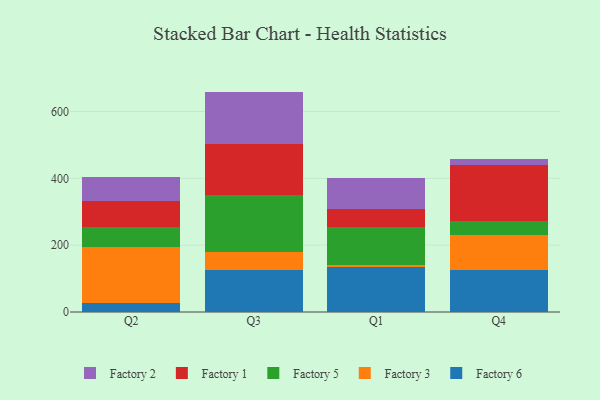
{"axis": {"x": "Quarter", "y": "Churn Rate (%)"}, "legend": ["Factory 1", "Factory 2", "Factory 3", "Factory 5", "Factory 6"], "data": [{"x": "Q2", "y": 26.1, "type": "Factory 6"}, {"x": "Q2", "y": 168.5, "type": "Factory 3"}, {"x": "Q2", "y": 58.9, "type": "Factory 5"}, {"x": "Q2", "y": 78.9, "type": "Factory 1"}, {"x": "Q2", "y": 71.8, "type": "Factory 2"}, {"x": "Q3", "y": 125.9, "type": "Factory 6"}, {"x": "Q3", "y": 53.3, "type": "Factory 3"}, {"x": "Q3", "y": 171.0, "type": "Factory 5"}, {"x": "Q3", "y": 153.3, "type": "Factory 1"}, {"x": "Q3", "y": 156.0, "type": "Factory 2"}, {"x": "Q1", "y": 135.2, "type": "Factory 6"}, {"x": "Q1", "y": 5.0, "type": "Factory 3"}, {"x": "Q1", "y": 114.6, "type": "Factory 5"}, {"x": "Q1", "y": 52.0, "type": "Factory 1"}, {"x": "Q1", "y": 94.2, "type": "Factory 2"}, {"x": "Q4", "y": 125.6, "type": "Factory 6"}, {"x": "Q4", "y": 103.6, "type": "Factory 3"}, {"x": "Q4", "y": 42.8, "type": "Factory 5"}, {"x": "Q4", "y": 168.4, "type": "Factory 1"}, {"x": "Q4", "y": 17.0, "type": "Factory 2"}]}